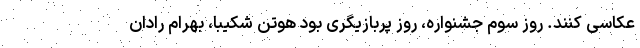
عکاسی کنند. روز سوم جشنواره، روز پربازیگری بود هوتن شکیبا، بهرام رادان